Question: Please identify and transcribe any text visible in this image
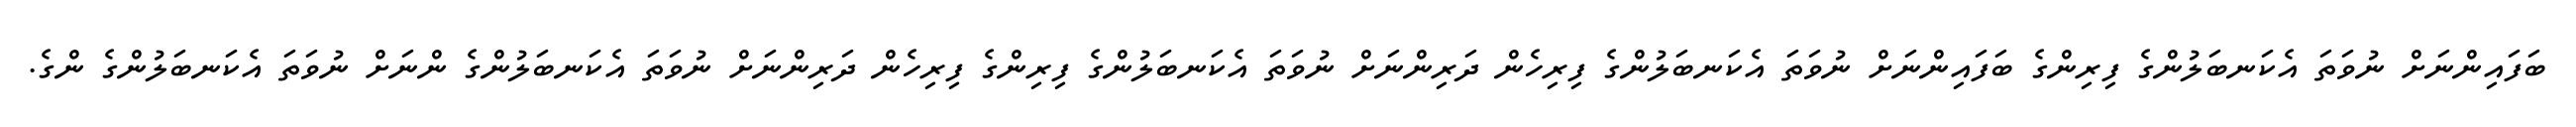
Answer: ބަފައިންނަށް ނުވަތަ އެކަނބަލުންގެ ފިރިންގެ ބަފައިންނަށް ނުވަތަ އެކަނބަލުންގެ ފިރިހެން ދަރިންނަށް ނުވަތަ އެކަނބަލުންގެ ފިރިންގެ ފިރިހެން ދަރިންނަށް ނުވަތަ އެކަނބަލުންގެ ންނަށް ނުވަތަ އެކަނބަލުންގެ ންގެ.